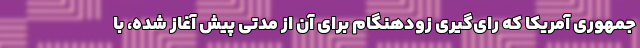
جمهوری آمریکا که رای‌گیری زودهنگام برای آن از مدتی پیش آغاز شده، با